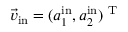
\vec { v } _ { \mathrm { i n } } = ( a _ { 1 } ^ { \mathrm { i n } } , a _ { 2 } ^ { \mathrm { i n } } ) ^ { \mathrm { ~ T ~ } }